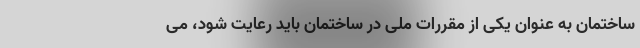
ساختمان به عنوان یکی از مقررات ملی در ساختمان باید رعایت شود، می